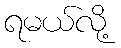
ရမယ်လို့